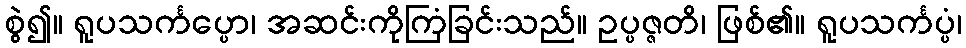
စွဲ၍။ ရူပသင်္ကပ္ပော၊ အဆင်းကိုကြံခြင်းသည်။ ဥပ္ပဇ္ဇတိ၊ ဖြစ်၏။ ရူပသင်္ကပ္ပံ၊